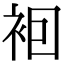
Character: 𧙊